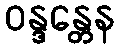
ဝန္ဒန္တေန